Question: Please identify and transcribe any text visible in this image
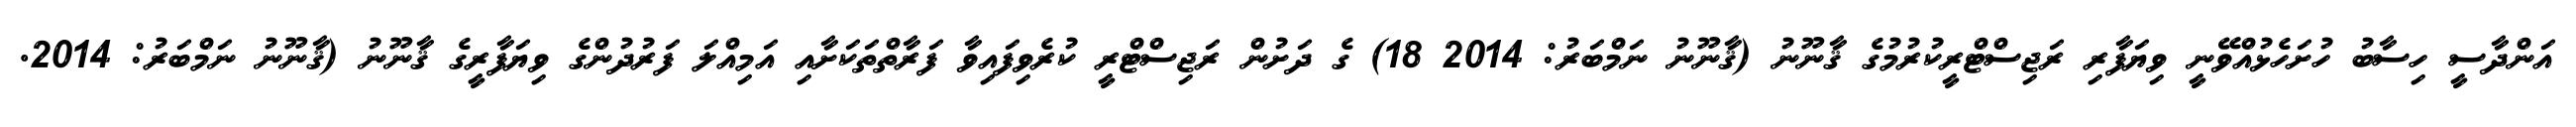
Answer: އަންދާސީ ހިސާބު ހުށަހެޅުއްވޭނީ ވިޔަފާރި ރަޖިސްޓްރީކުރުމުގެ ޤާނޫނު (ޤާނޫނު ނަމްބަރު: 2014 18) ގެ ދަށުން ރަޖިސްޓްރީ ކުރެވިފައިވާ ފަރާތްތަކަށާއި އަމިއްލަ ފަރުދުންގެ ވިޔަފާރީގެ ޤާނޫނު (ޤާނޫނު ނަމްބަރު: 2014.